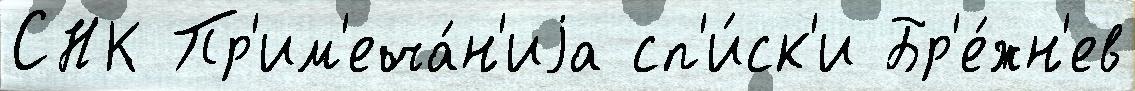
СНК Пр'им'еча́н'иjа сп'и́ск'и Бр'е́жн'ев